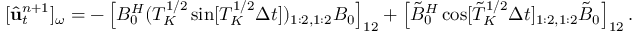
[ \hat { \bf u } _ { t } ^ { n + 1 } ] _ { \omega } = - \left[ B _ { 0 } ^ { H } ( { \cal T } _ { K } ^ { 1 / 2 } \sin [ { \cal T } _ { K } ^ { 1 / 2 } \Delta t ] ) _ { 1 : 2 , 1 : 2 } B _ { 0 } \right] _ { 1 2 } + \left[ \tilde { B } _ { 0 } ^ { H } \cos [ \tilde { \cal T } _ { K } ^ { 1 / 2 } \Delta t ] _ { 1 : 2 , 1 : 2 } \tilde { B } _ { 0 } \right] _ { 1 2 } .